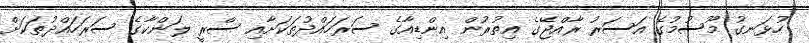
ހުޅަނގު މޫސުމުގެ އަސަރު ރާއްޖޭގެ އިތުރުން އިންޑިއާގެ ސަރަހައްދުތަކަށާއި ސްރީ ލަންކާގެ ސަރަހައްދުތަކަށް